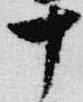
十